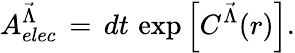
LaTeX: A_{elec}^{{\vec{\Lambda}}}\, =\, dt\, \exp\left[C^{{\vec{\Lambda}}}(r)\right].